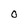
Character: 0